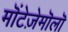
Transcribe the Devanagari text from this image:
मॊंटेज़ेमॊलॊ